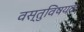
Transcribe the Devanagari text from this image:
वस्तुविषयक